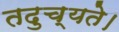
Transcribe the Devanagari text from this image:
तदुच्यते।